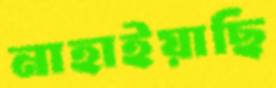
নাহাইয়াছি